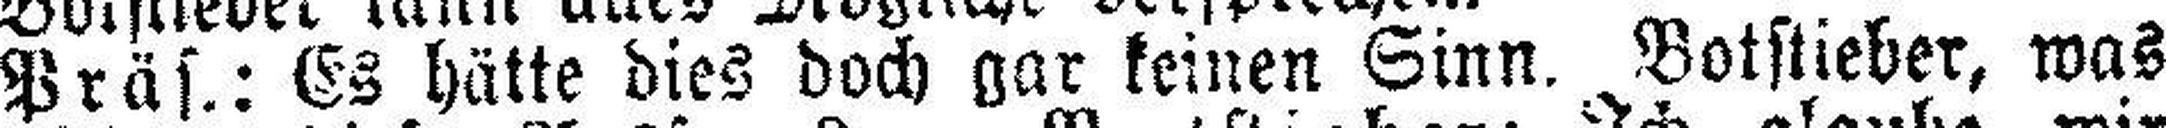
Präs.: Es hätte dies doch gar keinen Sinn. Botstieber, was